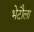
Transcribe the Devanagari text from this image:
भेटौला